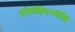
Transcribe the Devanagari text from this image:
एफिशियन्सीहि